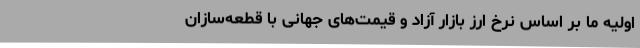
اولیه ما بر اساس نرخ ارز بازار آزاد و قیمت‌های جهانی با قطعه‌سازان